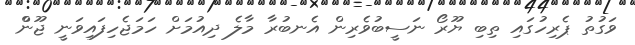
ވަގުތު ޕެރިހުގައި ތިބި ޔޫރޯ ނަސީބުވެރިން އެނބުރާ މާލެ ދިއުމަށް ހަމަޖެހިފައިވަނީ ޖޫންް